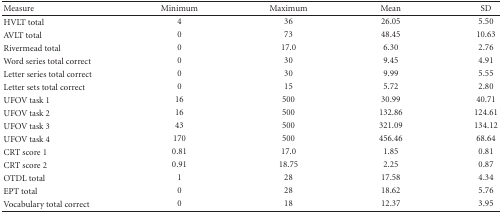
| Measure | Minimum | Maximum | Mean | SD |
 | --- | --- | --- | --- | --- |
 | HVLT total | 4 | 36 | 26.05 | 5.50 |
 | AVLT total | 0 | 73 | 48.45 | 10.63 |
 | Rivermead total | 0 | 17.0 | 6.30 | 2.76 |
 | Word series total correct | 0 | 30 | 9.45 | 4.91 |
 | Letter series total correct | 0 | 30 | 9.99 | 5.55 |
 | Letter sets total correct | 0 | 15 | 5.72 | 2.80 |
 | UFOV task 1 | 16 | 500 | 30.99 | 40.71 |
 | UFOV task 2 | 16 | 500 | 132.86 | 124.61 |
 | UFOV task 3 | 43 | 500 | 321.09 | 134.12 |
 | UFOV task 4 | 170 | 500 | 456.46 | 68.64 |
 | CRT score 1 | 0.81 | 17.0 | 1.85 | 0.81 |
 | CRT score 2 | 0.91 | 18.75 | 2.25 | 0.87 |
 | OTDL total | 1 | 28 | 17.58 | 4.34 |
 | EPT total | 0 | 28 | 18.62 | 5.76 |
 | Vocabulary total correct | 0 | 18 | 12.37 | 3.95 |